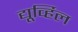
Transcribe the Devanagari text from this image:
द्यूर्व्हिल